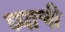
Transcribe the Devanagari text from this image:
घ्याची